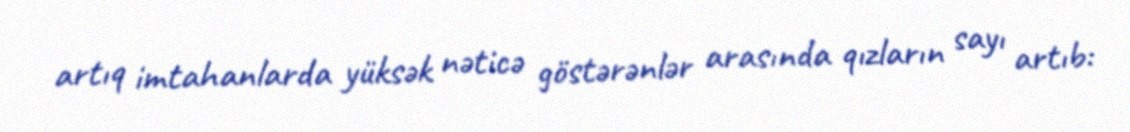
artıq imtahanlarda yüksək nəticə göstərənlər arasında qızların sayı artıb: